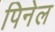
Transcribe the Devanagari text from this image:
पिनेल